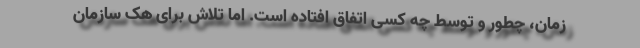
زمان، چطور و توسط چه کسی اتفاق افتاده است. اما تلاش برای هک سازمان